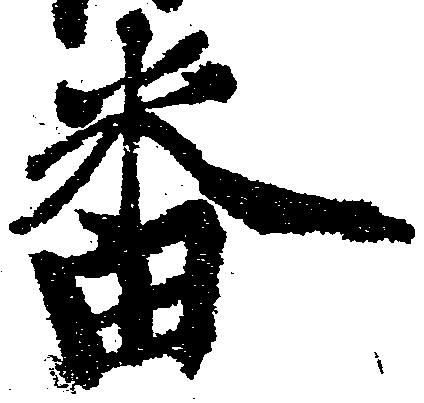
番